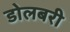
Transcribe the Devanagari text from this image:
डोलबरी